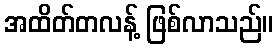
အထိတ်တလန့် ဖြစ်လာသည်။